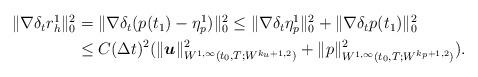
LaTeX: \begin{align*}\begin{aligned}\|\nabla \delta_t r_h^1\|_0^2&=\|\nabla \delta_t(p(t_1)-\eta_p^1)\|_0^2\leq \|\nabla \delta_t\eta_p^1 \|_0^2+\|\nabla \delta_t p(t_1)\|_0^2\\&\leq C (\Delta t)^2(\|\boldsymbol{u}\|_{W^{1,\infty}(t_0,T;W^{k_u+1,2})}^2+\|p\|_{W^{1,\infty}(t_0,T;W^{k_p+1,2})}^2).\end{aligned} \end{align*}